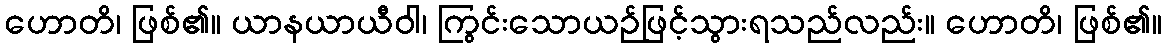
ဟောတိ၊ ဖြစ်၏။ ယာနယာယီဝါ၊ ကြွင်းသောယဉ်ဖြင့်သွားရသည်လည်း။ ဟောတိ၊ ဖြစ်၏။